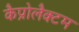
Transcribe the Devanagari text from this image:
कैप्रोलैक्टम